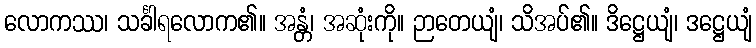
လောကဿ၊ သင်္ခါရလောက၏။ အန္တံ၊ အဆုံးကို။ ဉာတေယျံ၊ သိအပ်၏။ ဒိဋ္ဌေယျံ၊ ဒဋ္ဌေယျံ